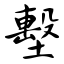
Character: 墼